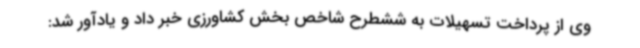
وی از پرداخت تسهیلات به ششطرح شاخص بخش کشاورزی خبر داد و یادآور شد: